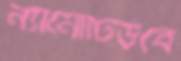
ন্যানোটিউবে